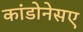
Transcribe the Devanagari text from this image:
कांडोनेसए